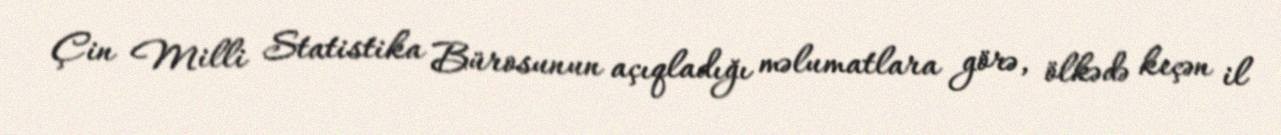
Çin Milli Statistika Bürosunun açıqladığı məlumatlara görə, ölkədə keçən il